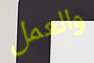
والعمل